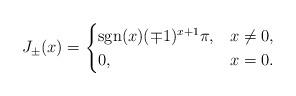
LaTeX: \begin{align*}J_{\pm }(x)=\begin{cases}{\rm sgn}(x)(\mp 1)^{x+1}\pi, & x \neq 0,\\0, & x = 0.\end{cases}\end{align*}